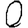
Digit: 0